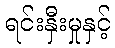
ရင်းနှီးမှုနှင့်